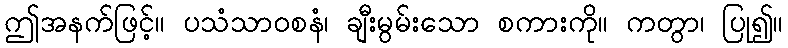
ဤအနက်ဖြင့်။ ပသံသာဝစနံ၊ ချီးမွမ်းသော စကားကို။ ကတွာ၊ ပြု၍။